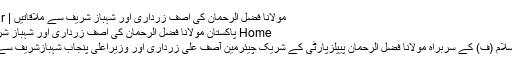
مولانا فضل الرحمان کی آصف زرداری اور شہباز شریف سے ملاقاتیں | Aalmi Akhbar
Home پاکستان مولانا فضل الرحمان کی آصف زرداری اور شہباز شریف سے ملاقاتیں
جمیعت علمائے اسلام (ف) کے سربراہ مولانا فضل الرحمان پیپلزپارٹی کے شریک چیئرمین آصف علی زرداری اور وزیراعلیٰ پنجاب شہبازشریف سے اہم ملاقاتیں کیں۔